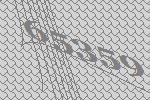
65359